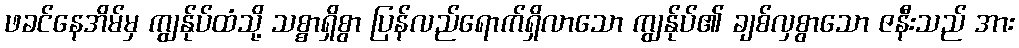
ဖခင်နေအိမ်မှ ကျွန်ုပ်ထံသို့ သစ္စာရှိစွာ ပြန်လည်ရောက်ရှိလာသော ကျွန်ုပ်၏ ချစ်လှစွာသော ဇနီးသည် အား